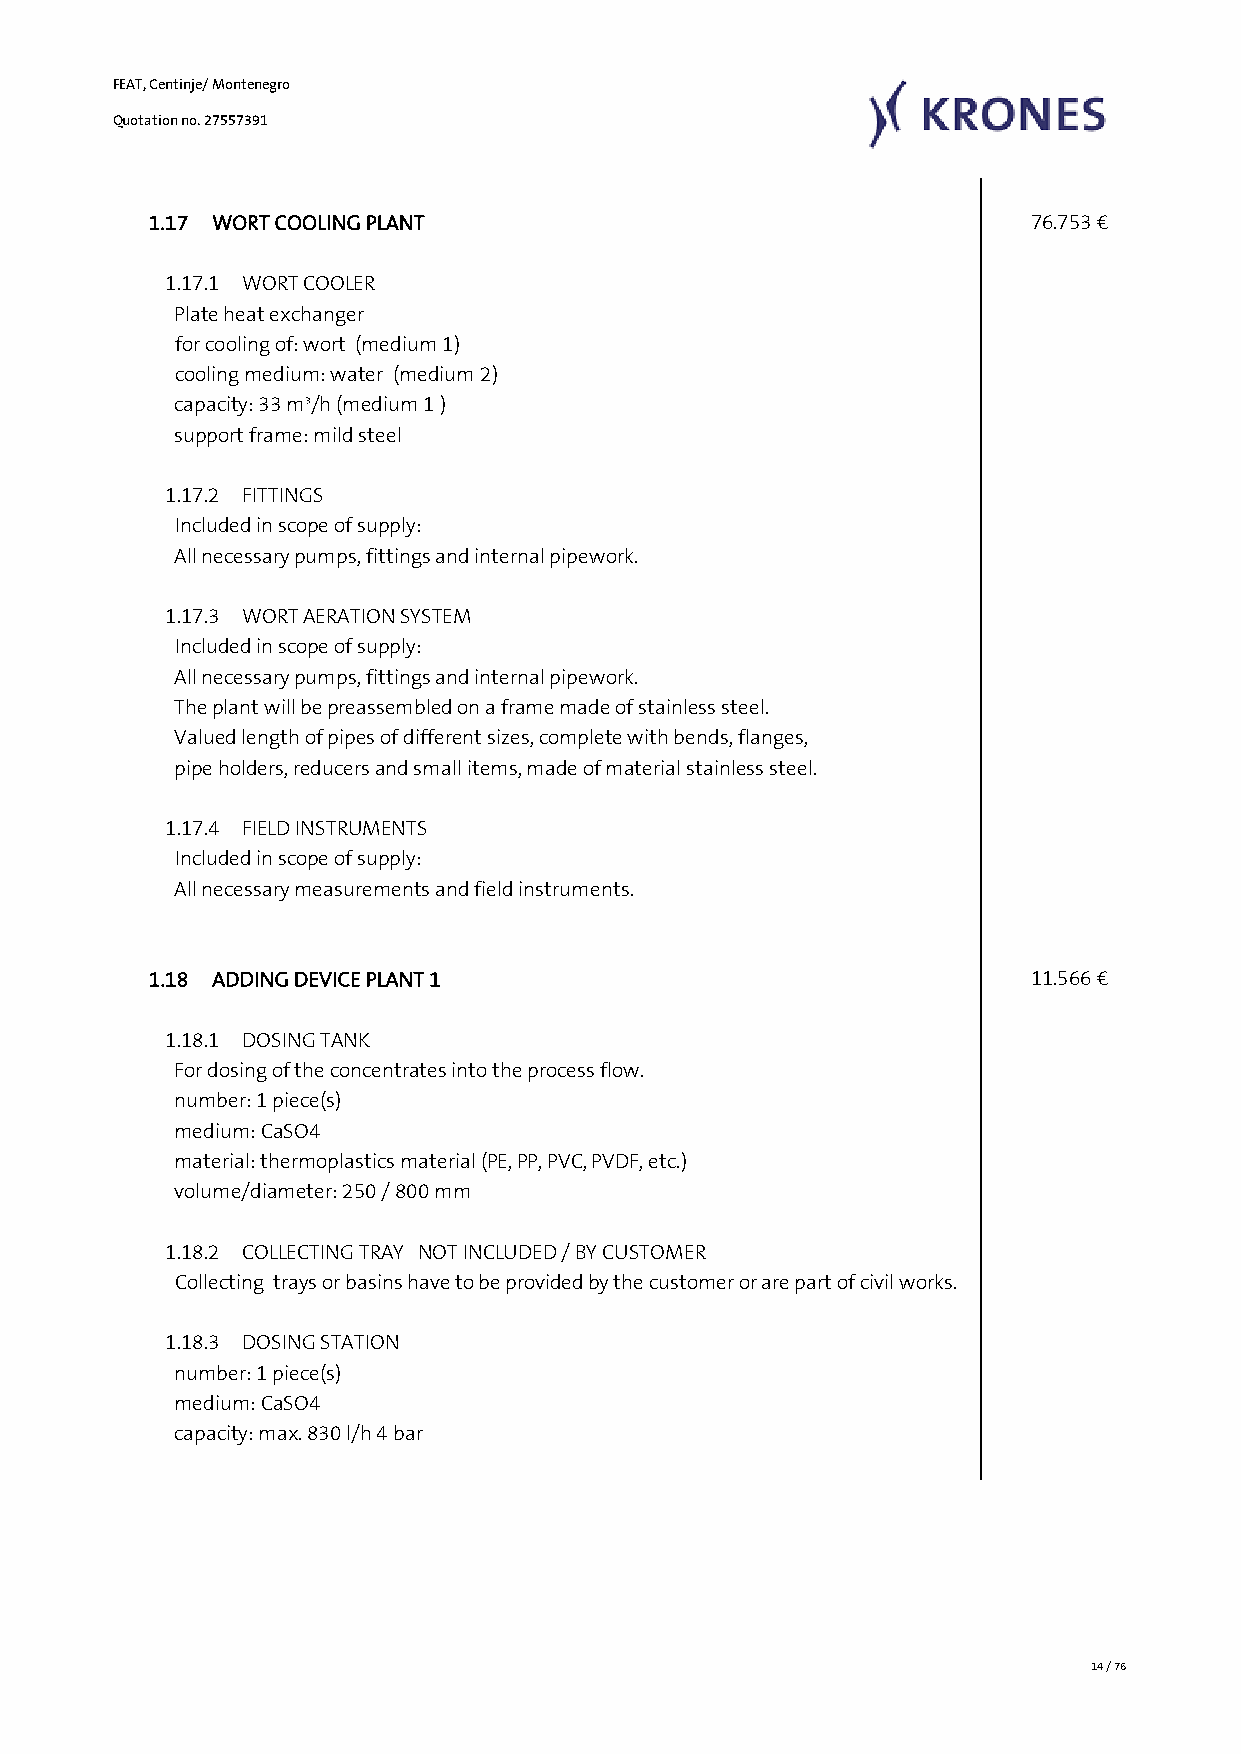
FEAT, Centinje/ Montenegro
 Quotation no. 27557391
 1.17 WORT COOLING PLANT                                    76.753 €
 1.17.1 WORT COOLER
 Plate heat exchanger
 for cooling of: wort (medium 1)
 cooling medium: water (medium 2)
 capacity: 33 m³/h (medium 1 )
 support frame: mild steel
 1.17.2 FITTINGS
 Included in scope of supply:
 All necessary pumps, fittings and internal pipework.
 1.17.3 WORT AERATION SYSTEM
 Included in scope of supply:
 All necessary pumps, fittings and internal pipework.
 The plant will be preassembled on a frame made of stainless steel.
 Valued length of pipes of different sizes, complete with bends, flanges,
 pipe holders, reducers and small items, made of material stainless steel.
 1.17.4 FIELD INSTRUMENTS
 Included in scope of supply:
 All necessary measurements and field instruments.
 1.18 ADDING DEVICE PLANT 1                                 11.566 €
 1.18.1 DOSING TANK
 For dosing of the concentrates into the process flow.
 number: 1 piece(s)
 medium: CaSO4
 material: thermoplastics material (PE, PP, PVC, PVDF, etc.)
 volume/diameter: 250 / 800 mm
 1.18.2 COLLECTING TRAY NOT INCLUDED / BY CUSTOMER
 Collecting trays or basins have to be provided by the customer or are part of civil works.
 1.18.3 DOSING STATION
 number: 1 piece(s)
 medium: CaSO4
 capacity: max. 830 l/h 4 bar
 14 / 76